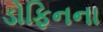
ડોફિનના